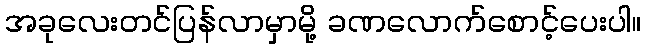
အခုလေးတင်ပြန်လာမှာမို့ ခဏလောက်စောင့်ပေးပါ။